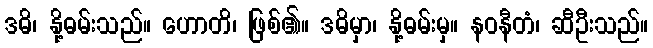
ဒဓိ၊ နို့ဓမ်းသည်။ ဟောတိ၊ ဖြစ်၏။ ဒဓိမှာ၊ နို့ဓမ်းမှ။ နဝနီတံ၊ ဆီဦးသည်။